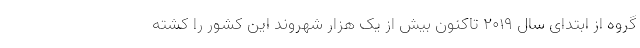
گروه از ابتدای سال ۲۰۱۹ تاکنون بیش از یک هزار شهروند این کشور را کشته